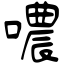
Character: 噥